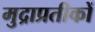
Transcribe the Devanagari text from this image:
मुद्राप्रतीकों